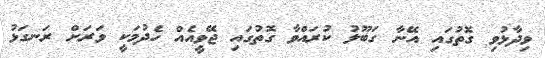
ވިދާޅުވި ގޮތުގައި އޭނާ ގަބޫލު ކުރައްވާ ގޮތުގައި ޖޭވީއެއް ހެދުމަކީ ވަރަށް ރަނގަޅު